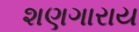
શણગારાય